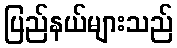
ပြည်နယ်များသည်